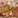
أتت